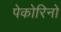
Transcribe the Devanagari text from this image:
पेकोरिनो